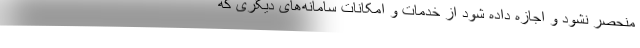
منحصر نشود و اجازه داده شود از خدمات و امکانات سامانه‌های دیگری که